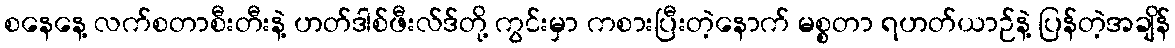
စနေနေ့ လက်စတာစီးတီးနဲ့ ဟတ်ဒါစ်ဖီးလ်ဒ်တို့ ကွင်းမှာ ကစားပြီးတဲ့နောက် မစ္စတာ ရဟတ်ယာဉ်နဲ့ ပြန်တဲ့အချိန်